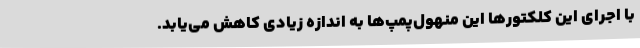
با اجرای این کلکتورها این منهول‌پمپ‌ها به اندازه زیادی کاهش می‌یابد.